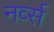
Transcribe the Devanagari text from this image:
नर्व्स